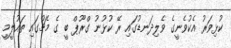
ކުޅިވަރު އެކުވެނީގެ ވެލިދަނޑުގައި ރޭ ކުޅުނު ގްރޫޕް ބީ ގެ މެޗުގައި ތައުލީމީ